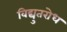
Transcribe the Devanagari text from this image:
विद्युतरोध